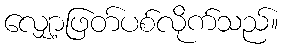
လျှော့ဖြတ်ပစ်လိုက်သည်။